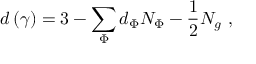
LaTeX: d \left( \gamma \right) = 3 - \sum _ { \Phi } d _ { \Phi } N _ { \Phi } - \frac 1 2 N _ { g } \, \, ,